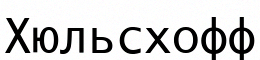
Хюльсхофф